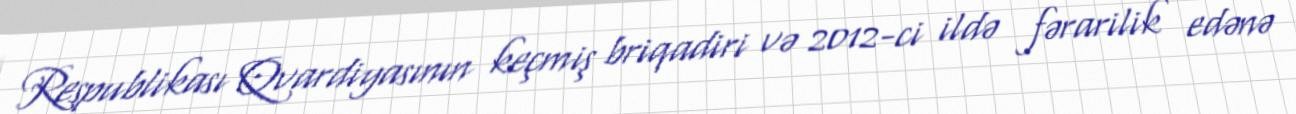
Respublikası Qvardiyasının keçmiş briqadiri və 2012-ci ildə fərarilik edənə